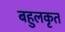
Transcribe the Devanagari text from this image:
बहुलकृत